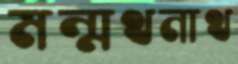
মন্মথনাথ